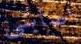
اصابني